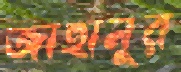
জাহানুর